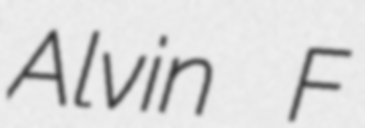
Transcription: Alvin F